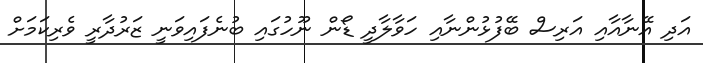
އަދި އޭނާއާއި އަރިސް ބޭފުޅުންނާއި ހަވާލާދީ ޑޯން ނޫހުގައި ބުނެފައިވަނީ ޒަރުދާރީ ވެރިކަމަށް